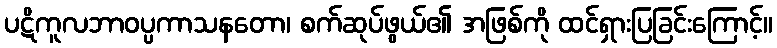
ပဋိကူလဘာဝပ္ပကာသနတော၊ စက်ဆုပ်ဖွယ်၏ အဖြစ်ကို ထင်ရှားပြခြင်းကြောင့်။